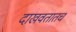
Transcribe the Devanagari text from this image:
दाखवतातच